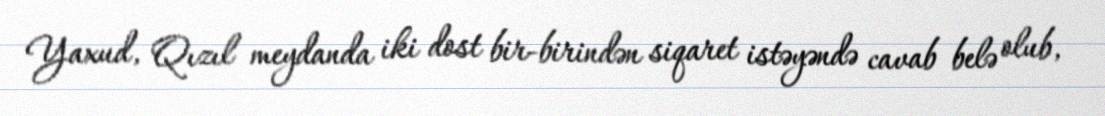
Yaxud, Qızıl meydanda iki dost bir-birindən siqaret istəyəndə cavab belə olub,